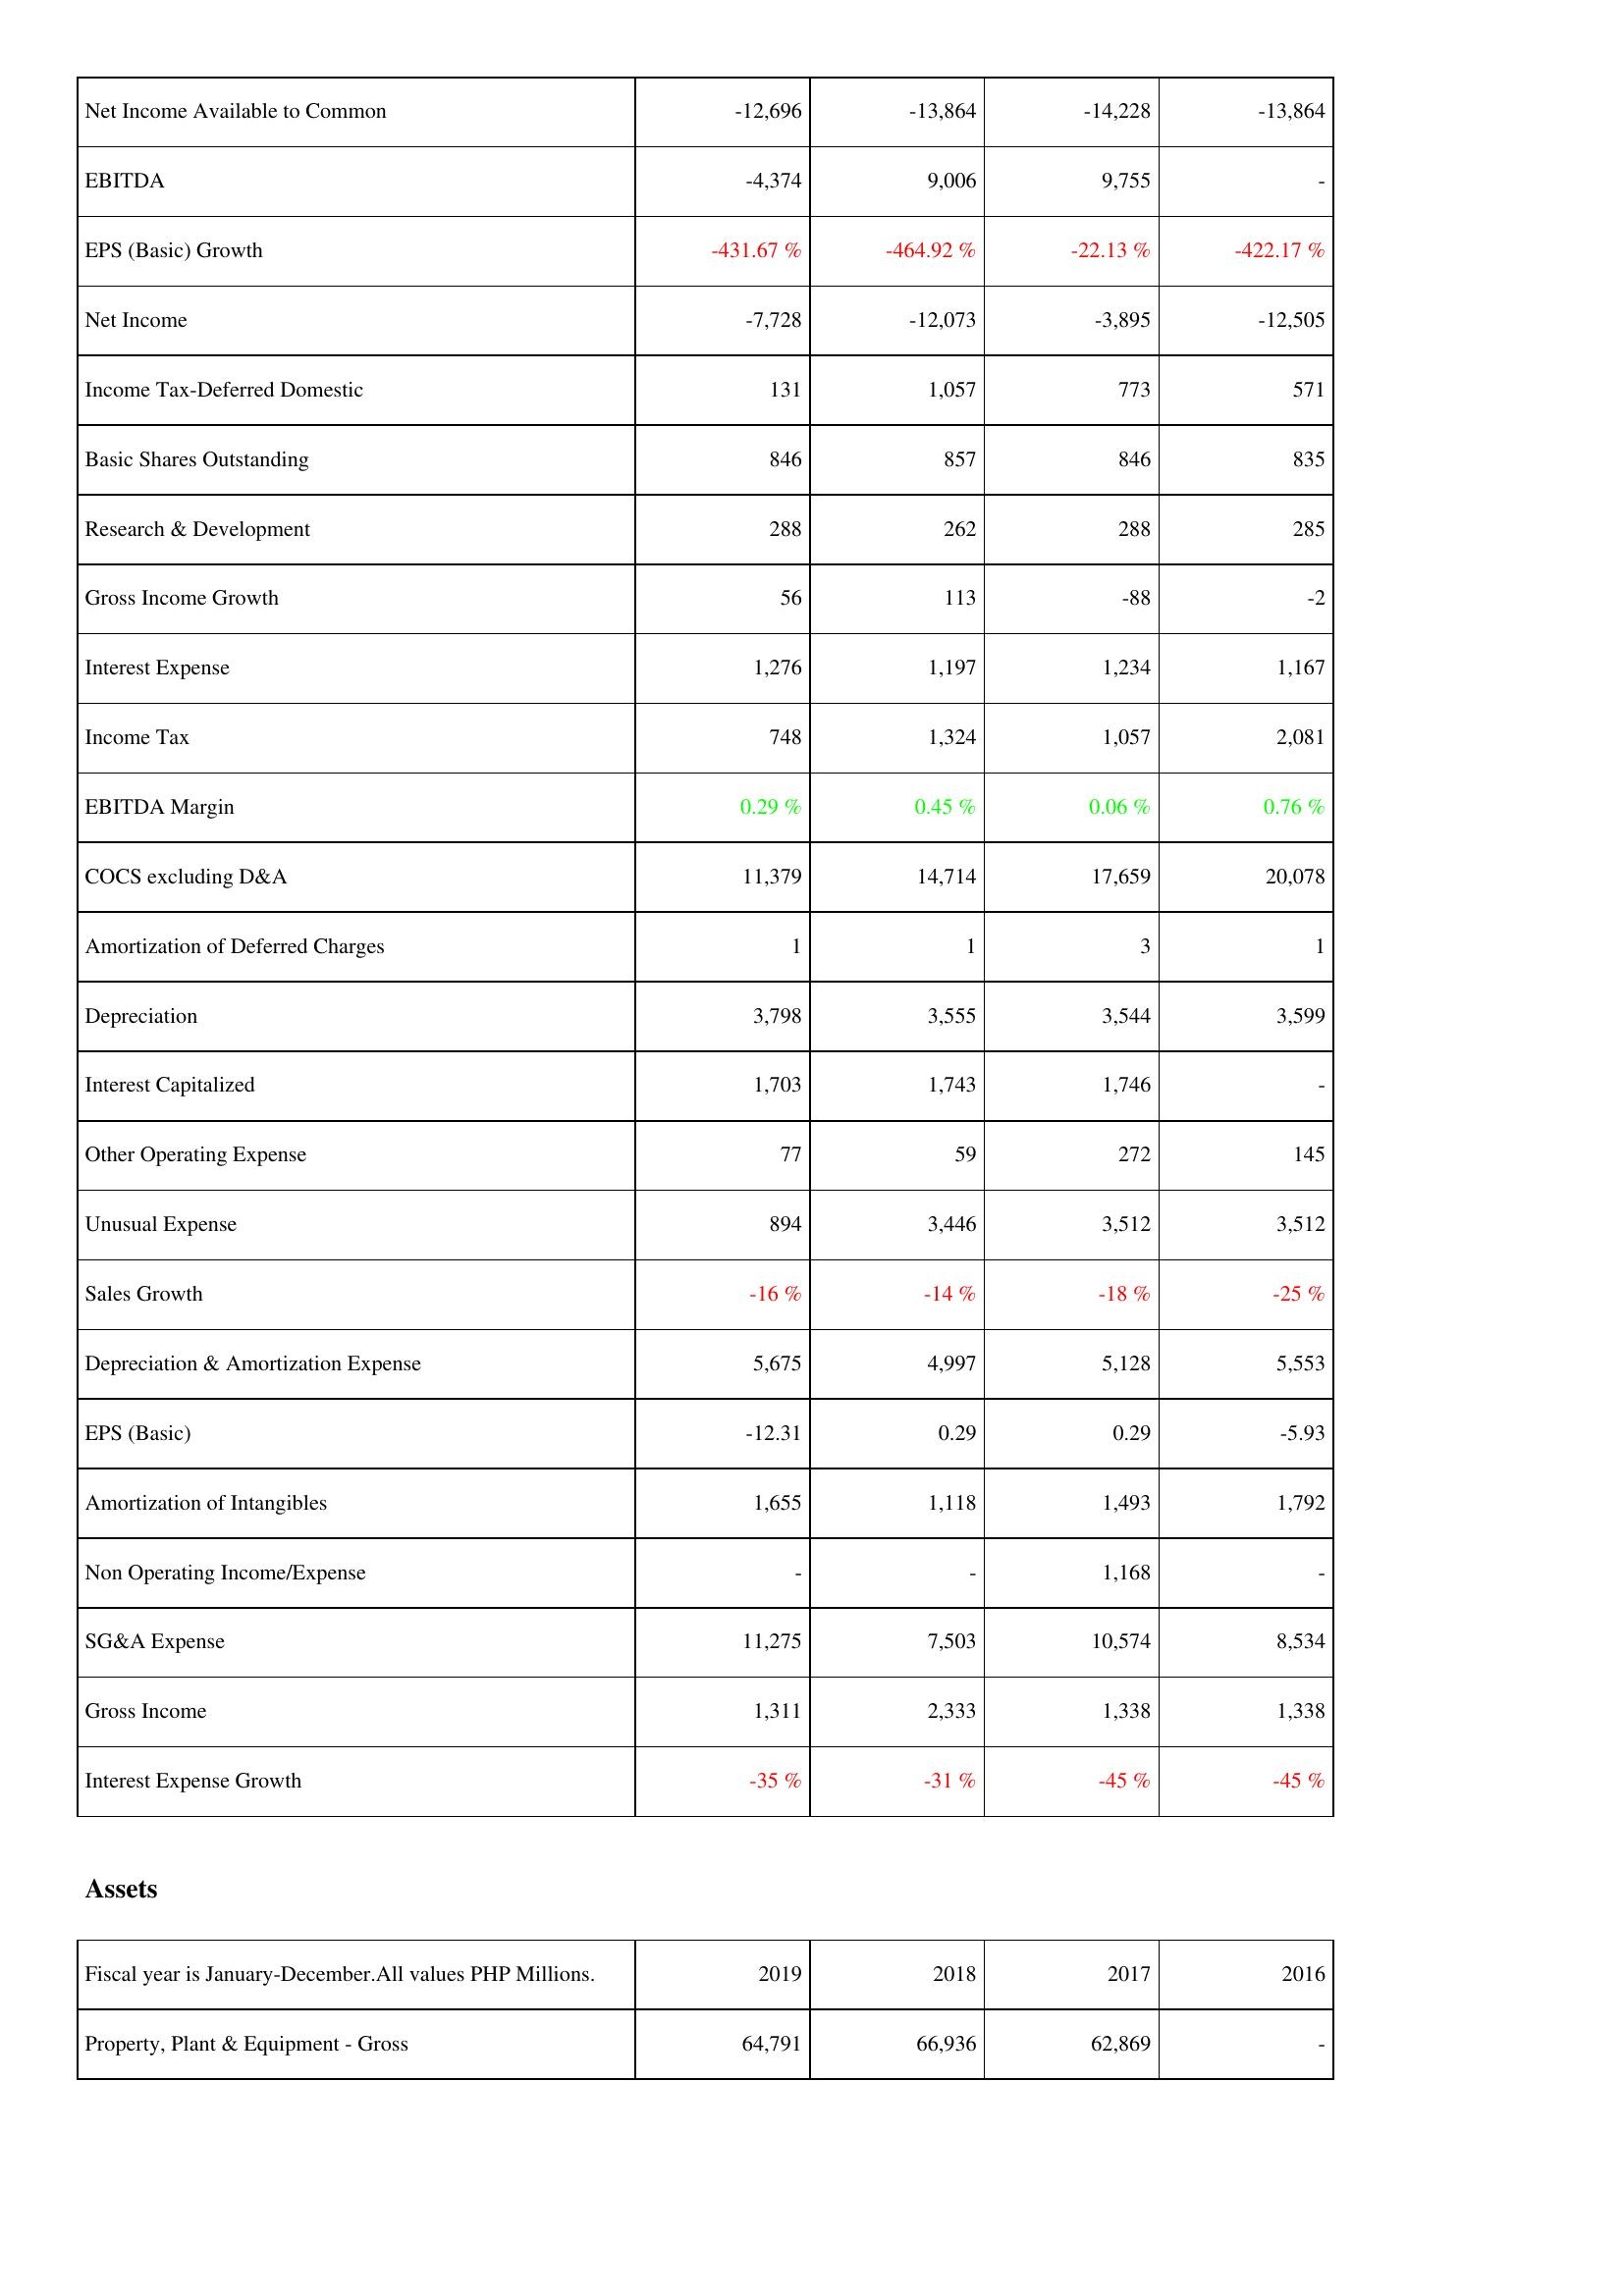
2019: Income Statement: Net Income Available to Common: -12,696
EBITDA: -4,374
EPS (Basic) Growth: -431.67 %
Net Income: -7,728
Income Tax-Deferred Domestic: 131
Basic Shares Outstanding: 846
Research & Development: 288
Gross Income Growth: 56
Interest Expense: 1,276
Income Tax: 748
EBITDA Margin: 0.29 %
COCS excluding D&A: 11,379
Amortization of Deferred Charges: 1
Depreciation: 3,798
Interest Capitalized: 1,703
Other Operating Expense: 77
Unusual Expense: 894
Sales Growth: -16 %
Depreciation & Amortization Expense: 5,675
EPS (Basic): -12.31
Amortization of Intangibles: 1,655
Non Operating Income/Expense: -
SG&A Expense: 11,275
Gross Income: 1,311
Interest Expense Growth: -35 %
Assets: Property, Plant & Equipment - Gross: 64,791
2018: Income Statement: Net Income Available to Common: -13,864
EBITDA: 9,006
EPS (Basic) Growth: -464.92 %
Net Income: -12,073
Income Tax-Deferred Domestic: 1,057
Basic Shares Outstanding: 857
Research & Development: 262
Gross Income Growth: 113
Interest Expense: 1,197
Income Tax: 1,324
EBITDA Margin: 0.45 %
COCS excluding D&A: 14,714
Amortization of Deferred Charges: 1
Depreciation: 3,555
Interest Capitalized: 1,743
Other Operating Expense: 59
Unusual Expense: 3,446
Sales Growth: -14 %
Depreciation & Amortization Expense: 4,997
EPS (Basic): 0.29
Amortization of Intangibles: 1,118
Non Operating Income/Expense: -
SG&A Expense: 7,503
Gross Income: 2,333
Interest Expense Growth: -31 %
Assets: Property, Plant & Equipment - Gross: 66,936
2017: Income Statement: Net Income Available to Common: -14,228
EBITDA: 9,755
EPS (Basic) Growth: -22.13 %
Net Income: -3,895
Income Tax-Deferred Domestic: 773
Basic Shares Outstanding: 846
Research & Development: 288
Gross Income Growth: -88
Interest Expense: 1,234
Income Tax: 1,057
EBITDA Margin: 0.06 %
COCS excluding D&A: 17,659
Amortization of Deferred Charges: 3
Depreciation: 3,544
Interest Capitalized: 1,746
Other Operating Expense: 272
Unusual Expense: 3,512
Sales Growth: -18 %
Depreciation & Amortization Expense: 5,128
EPS (Basic): 0.29
Amortization of Intangibles: 1,493
Non Operating Income/Expense: 1,168
SG&A Expense: 10,574
Gross Income: 1,338
Interest Expense Growth: -45 %
Assets: Property, Plant & Equipment - Gross: 62,869
2016: Income Statement: Net Income Available to Common: -13,864
EBITDA: -
EPS (Basic) Growth: -422.17 %
Net Income: -12,505
Income Tax-Deferred Domestic: 571
Basic Shares Outstanding: 835
Research & Development: 285
Gross Income Growth: -2
Interest Expense: 1,167
Income Tax: 2,081
EBITDA Margin: 0.76 %
COCS excluding D&A: 20,078
Amortization of Deferred Charges: 1
Depreciation: 3,599
Interest Capitalized: -
Other Operating Expense: 145
Unusual Expense: 3,512
Sales Growth: -25 %
Depreciation & Amortization Expense: 5,553
EPS (Basic): -5.93
Amortization of Intangibles: 1,792
Non Operating Income/Expense: -
SG&A Expense: 8,534
Gross Income: 1,338
Interest Expense Growth: -45 %
Assets: Property, Plant & Equipment - Gross: -